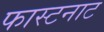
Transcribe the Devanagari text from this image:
फास्टनाट